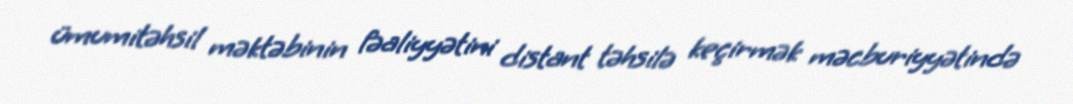
ümumitəhsil məktəbinin fəaliyyətini distant təhsilə keçirmək məcburiyyətində